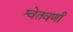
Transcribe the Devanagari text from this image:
श्वेतवर्णां